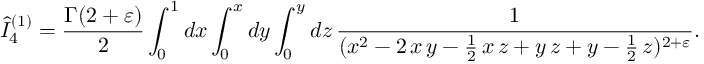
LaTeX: \hat { I } _ { 4 } ^ { ( 1 ) } = \frac { \Gamma ( 2 + \varepsilon ) } { 2 } \int _ { 0 } ^ { 1 } d x \int _ { 0 } ^ { x } d y \int _ { 0 } ^ { y } d z \, \frac { 1 } { ( x ^ { 2 } - 2 \, x \, y - \frac { 1 } { 2 } \, x \, z + y \, z + y - \frac { 1 } { 2 } \, z ) ^ { 2 + \varepsilon } } .